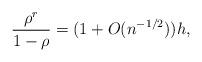
LaTeX: \begin{align*}\frac{\rho^r}{1-\rho}=(1+O(n^{-1/2}))h,\end{align*}